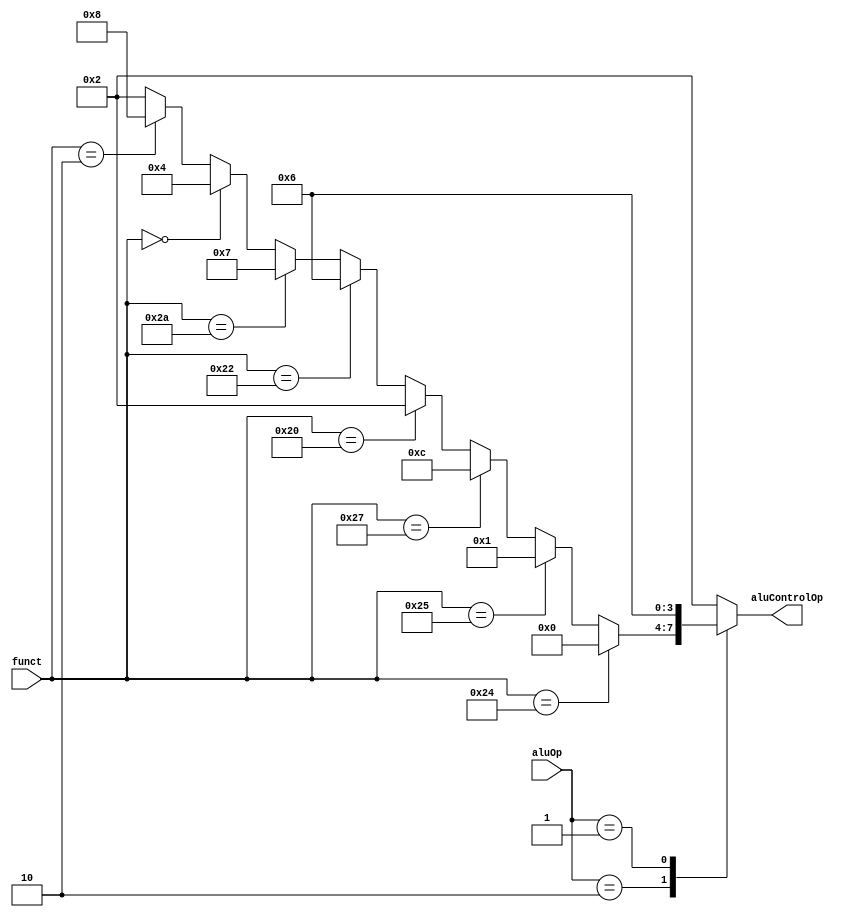
// ALU Control Unit: determines what ALU operation will be performed
module aluControl(
    input wire [1:0] aluOp, 
    input wire [5:0] funct,
    output reg [3:0] aluControlOp // operation to be performed in ALU unit
);

/**ALU OPS**/
parameter RTYPE = 2'b10; // use funct for alu control
parameter ITYPE = 2'b00; // add
parameter BRANCH = 2'b01; // sub

/**FUNCT CODES FOR R-TYPES**/
parameter r_add = 6'b100000;
parameter r_sub = 6'b100010;
parameter r_and = 6'b100100;
parameter r_or = 6'b100101;
parameter r_nor = 6'b100111;
parameter r_slt = 6'b101010; // set on less than
parameter r_sll = 6'b000000; // shift left
parameter r_srl = 6'b000010; // shift right

/**FUNCTION : ALU CONTROL**/
parameter AND = 4'b0000;
parameter OR = 4'b0001;
parameter NOR = 4'b1100;
parameter ADD = 4'b0010;
parameter SUB = 4'b0110;
parameter SLT = 4'b0111; // set on less than
/**I MADE UP THESE ALU CONTROL CODES FOR SHIFTING. IDK WHAT IS STANDARD.**/
parameter SLL = 4'b0100; // shift left
parameter SRL = 4'b1000; // shift right
/**I MADE UP THESE ALU CONTROL CODES FOR SHIFTING. IDK WHAT IS STANDARD.**/

always @ (*) begin
    case(aluOp)
    RTYPE: begin
        aluControlOp <= funct == r_and ? AND :
                        (funct == r_or ? OR :
                        (funct == r_nor ? NOR :
                        (funct == r_add ? ADD :
                        (funct == r_sub ? SUB :
                        (funct == r_slt ? SLT :
                        (funct == r_sll ? SLL :
                        (funct == r_srl ? SRL : ADD))))))); // default to add. TODO: change default?
    end

    ITYPE: begin
        aluControlOp <= ADD; // same for J-type, though it does not care about ALU
    end

    BRANCH: begin
        aluControlOp <= SUB;
    end

    default: begin
        aluControlOp <= ADD; // default to ADD. TODO: Change this?
    end

    endcase
end


endmodule